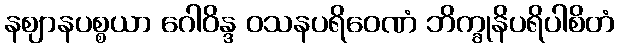
နဈာနပစ္စယာ ဂေါဝိန္ဒ ဝသနပရိဝေဏံ ဘိက္ခုနိပရိပါစိတံ